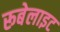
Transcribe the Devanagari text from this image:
रूबेलाइट